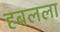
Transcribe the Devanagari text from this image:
हबलला